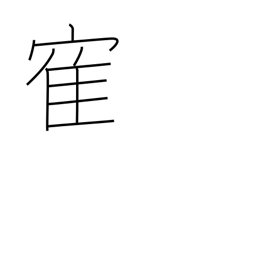
Meaning: crane (bird)